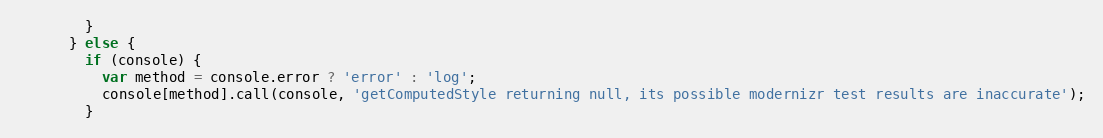
Language: JavaScript
        }
      } else {
        if (console) {
          var method = console.error ? 'error' : 'log';
          console[method].call(console, 'getComputedStyle returning null, its possible modernizr test results are inaccurate');
        }